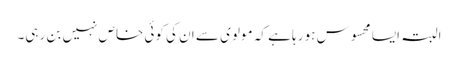
البتہ ایسا محسوس ہو رہا ہے کہ مولوی سے ان کی کوئی خاص نہیں بن رہی۔